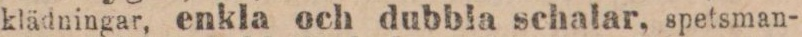
klädningar, enkla och dubbla schalar, spetsman-